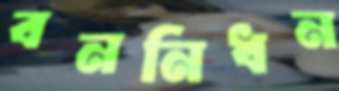
বননিধন